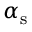
\alpha _ { \mathrm { s } }